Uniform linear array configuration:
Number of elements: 12
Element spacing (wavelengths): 0.75
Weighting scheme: cosine
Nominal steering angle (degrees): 45
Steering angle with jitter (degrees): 45.867
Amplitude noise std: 0.05
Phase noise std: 0.05

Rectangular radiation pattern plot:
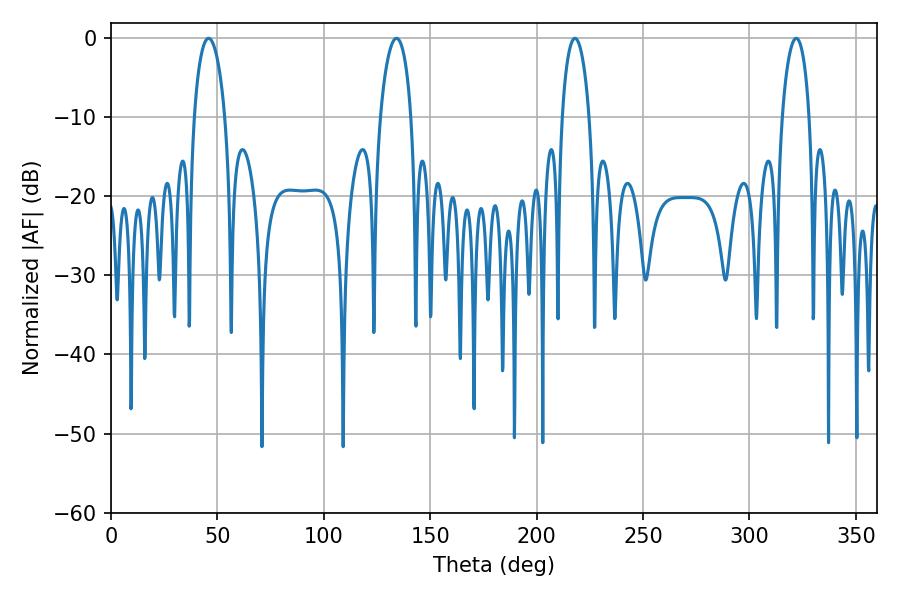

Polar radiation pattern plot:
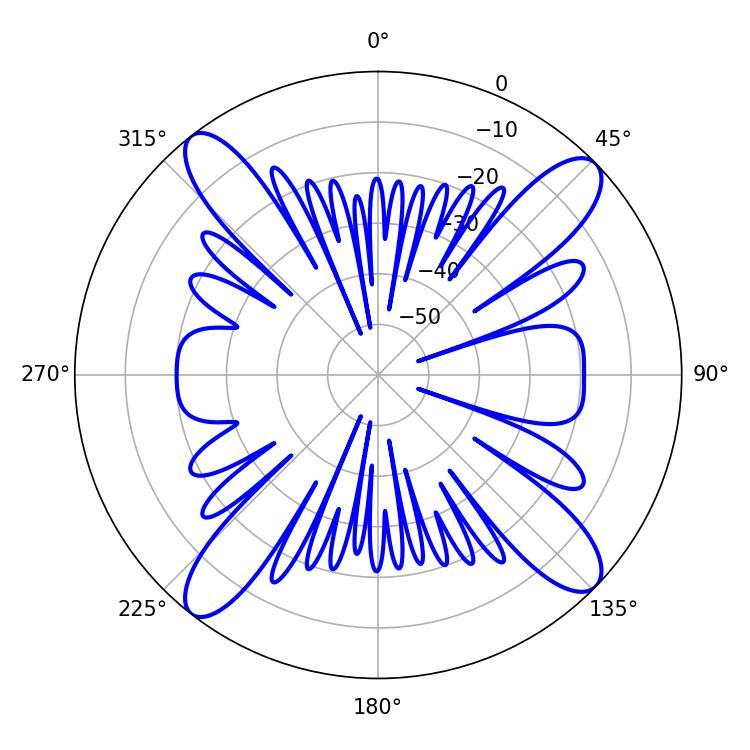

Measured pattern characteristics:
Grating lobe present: TRUE
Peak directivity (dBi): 15.531
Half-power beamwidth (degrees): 7.2
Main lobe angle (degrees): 217.98